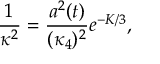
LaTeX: \frac { 1 } { \kappa ^ { 2 } } = \frac { a ^ { 2 } ( t ) } { ( \kappa _ { 4 } ) ^ { 2 } } e ^ { - K / 3 } ,